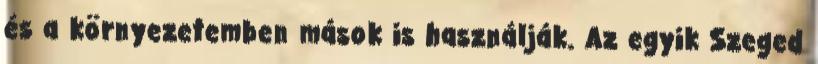
és a környezetemben mások is használják. Az egyik Szeged